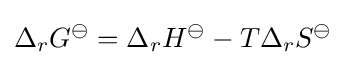
\Delta _{r}G^{\ominus }=\Delta _{r}H^{\ominus }-T\Delta _{r}S^{\ominus }